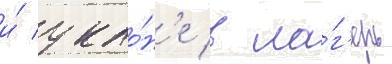
и́ укло́н'е в ла́г'ерь